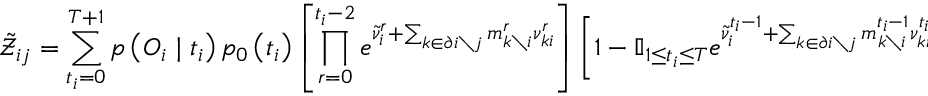
\tilde { \mathcal { Z } } _ { i j } = \sum _ { t _ { i } = 0 } ^ { T + 1 } p \left( \boldsymbol { O } _ { i } \mid t _ { i } \right) p _ { 0 } \left( t _ { i } \right) \left[ \prod _ { r = 0 } ^ { t _ { i } - 2 } e ^ { \tilde { \nu } _ { i } ^ { r } + \sum _ { k \in \partial i \setminus j } m _ { k \setminus i } ^ { r } \nu _ { k i } ^ { r } } \right] \left[ 1 - \mathbb { I } _ { 1 \leq t _ { i } \leq T } e ^ { \tilde { \nu } _ { i } ^ { t _ { i } - 1 } + \sum _ { k \in \partial i \setminus j } m _ { k \setminus i } ^ { t _ { i } - 1 } \nu _ { k i } ^ { t _ { i } - 1 } } \right] \prod _ { s = t _ { i } } ^ { T - 1 } e ^ { \sum _ { k \in \partial i \setminus j } \nu _ { i k } ^ { s } \mu _ { k \setminus i } ^ { s } }